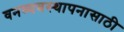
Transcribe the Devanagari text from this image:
वनव्यवस्थापनासाठी